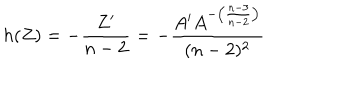
h ( Z ) = - \frac { Z ^ { \prime } } { n - 2 } = - \frac { A ^ { \prime } A ^ { - \left( \frac { n - 3 } { n - 2 } \right) } } { ( n - 2 ) ^ { 2 } }